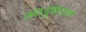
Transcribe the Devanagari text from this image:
अंधुकपणे